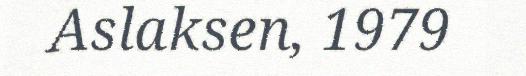
Aslaksen, 1979